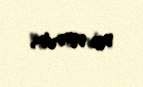
və verir.